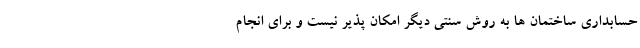
حسابداری ساختمان ها به روش سنتی دیگر امکان پذیر نیست و برای انجام